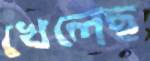
খেলেছ